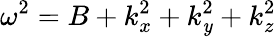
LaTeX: \omega^{2}=B+k_{x}^{2}+k_{\mathit{y}}^{2}+k_{z}^{2}